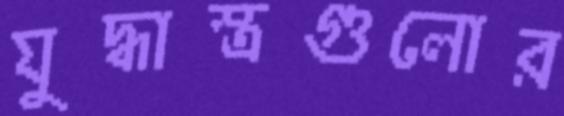
যুদ্ধাস্ত্রগুলোর